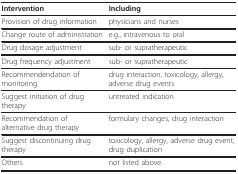
| Intervention | Including |
 | --- | --- |
 | Provision of drug information | physicians and nurses |
 | Change route of administration | e.g., intravenous to oral |
 | Drug dosage adjustment | sub- or supratherapeutic |
 | Drug frequency adjustment | sub- or supratherapeutic |
 | Recommendendation of monitoring | drug interaction, toxicology, allergy, adverse drug events |
 | Suggest initiation of drug therapy | untreated indication |
 | Recommendation of alternative drug therapy | formulary changes, drug interaction |
 | Suggest discontinuing drug therapy | toxicology, allergy, adverse drug event, drug duplication |
 | Others | not listed above |